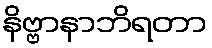
နိဗ္ဗာနာဘိရတာ